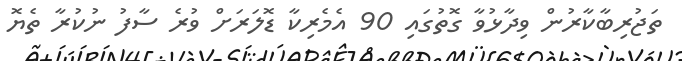
ތަޖުރިބާކާރުން ވިދާޅުވާ ގޮތުގައި 90 އެމެރިކާ ޑޮލަރަށް ވުރެ ސާފު ނުކުރާ ތެޔޮ